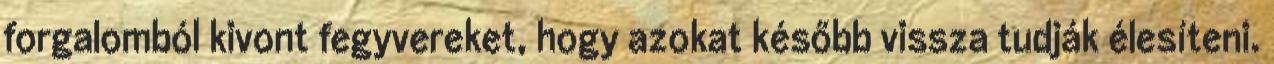
forgalomból kivont fegyvereket, hogy azokat később vissza tudják élesíteni.